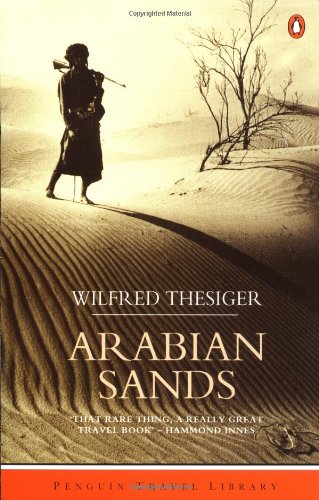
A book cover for Arabian Sands: Revised Edition (Travel Library); Wilfred Thesiger; Biographies & Memoirs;